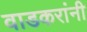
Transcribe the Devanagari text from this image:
वाडकरांनी